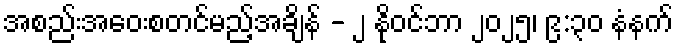
အစည်းအဝေးစတင်မည့်အချိန် - ၂ နိုဝင်ဘာ ၂၀၂၅၊ ၉:၃၀ နံနက်